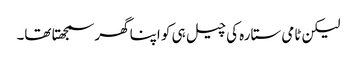
لیکن ٹامی ستارہ کی چیل ہی کو اپنا گھر سمجھتا تھا۔